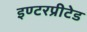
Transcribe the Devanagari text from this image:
इण्टरप्रीटेड